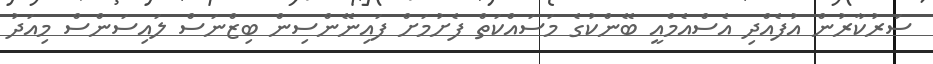
ސަރުކާރުން އުފެއްދި އެސްއެމްއީ ބޭންކުގެ މަސައްކަތް ފެށުމަށް ފައިނޭންސިން ބިޒްނަސް ލައިސަންސް މިއަދު